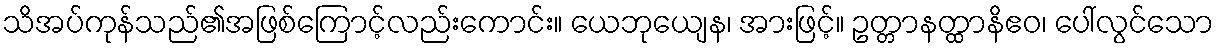
သိအပ်ကုန်သည်၏အဖြစ်ကြောင့်လည်းကောင်း။ ယေဘုယျေန၊ အားဖြင့်။ ဥတ္တာနတ္ထာနိဧဝ၊ ပေါ်လွင်သော